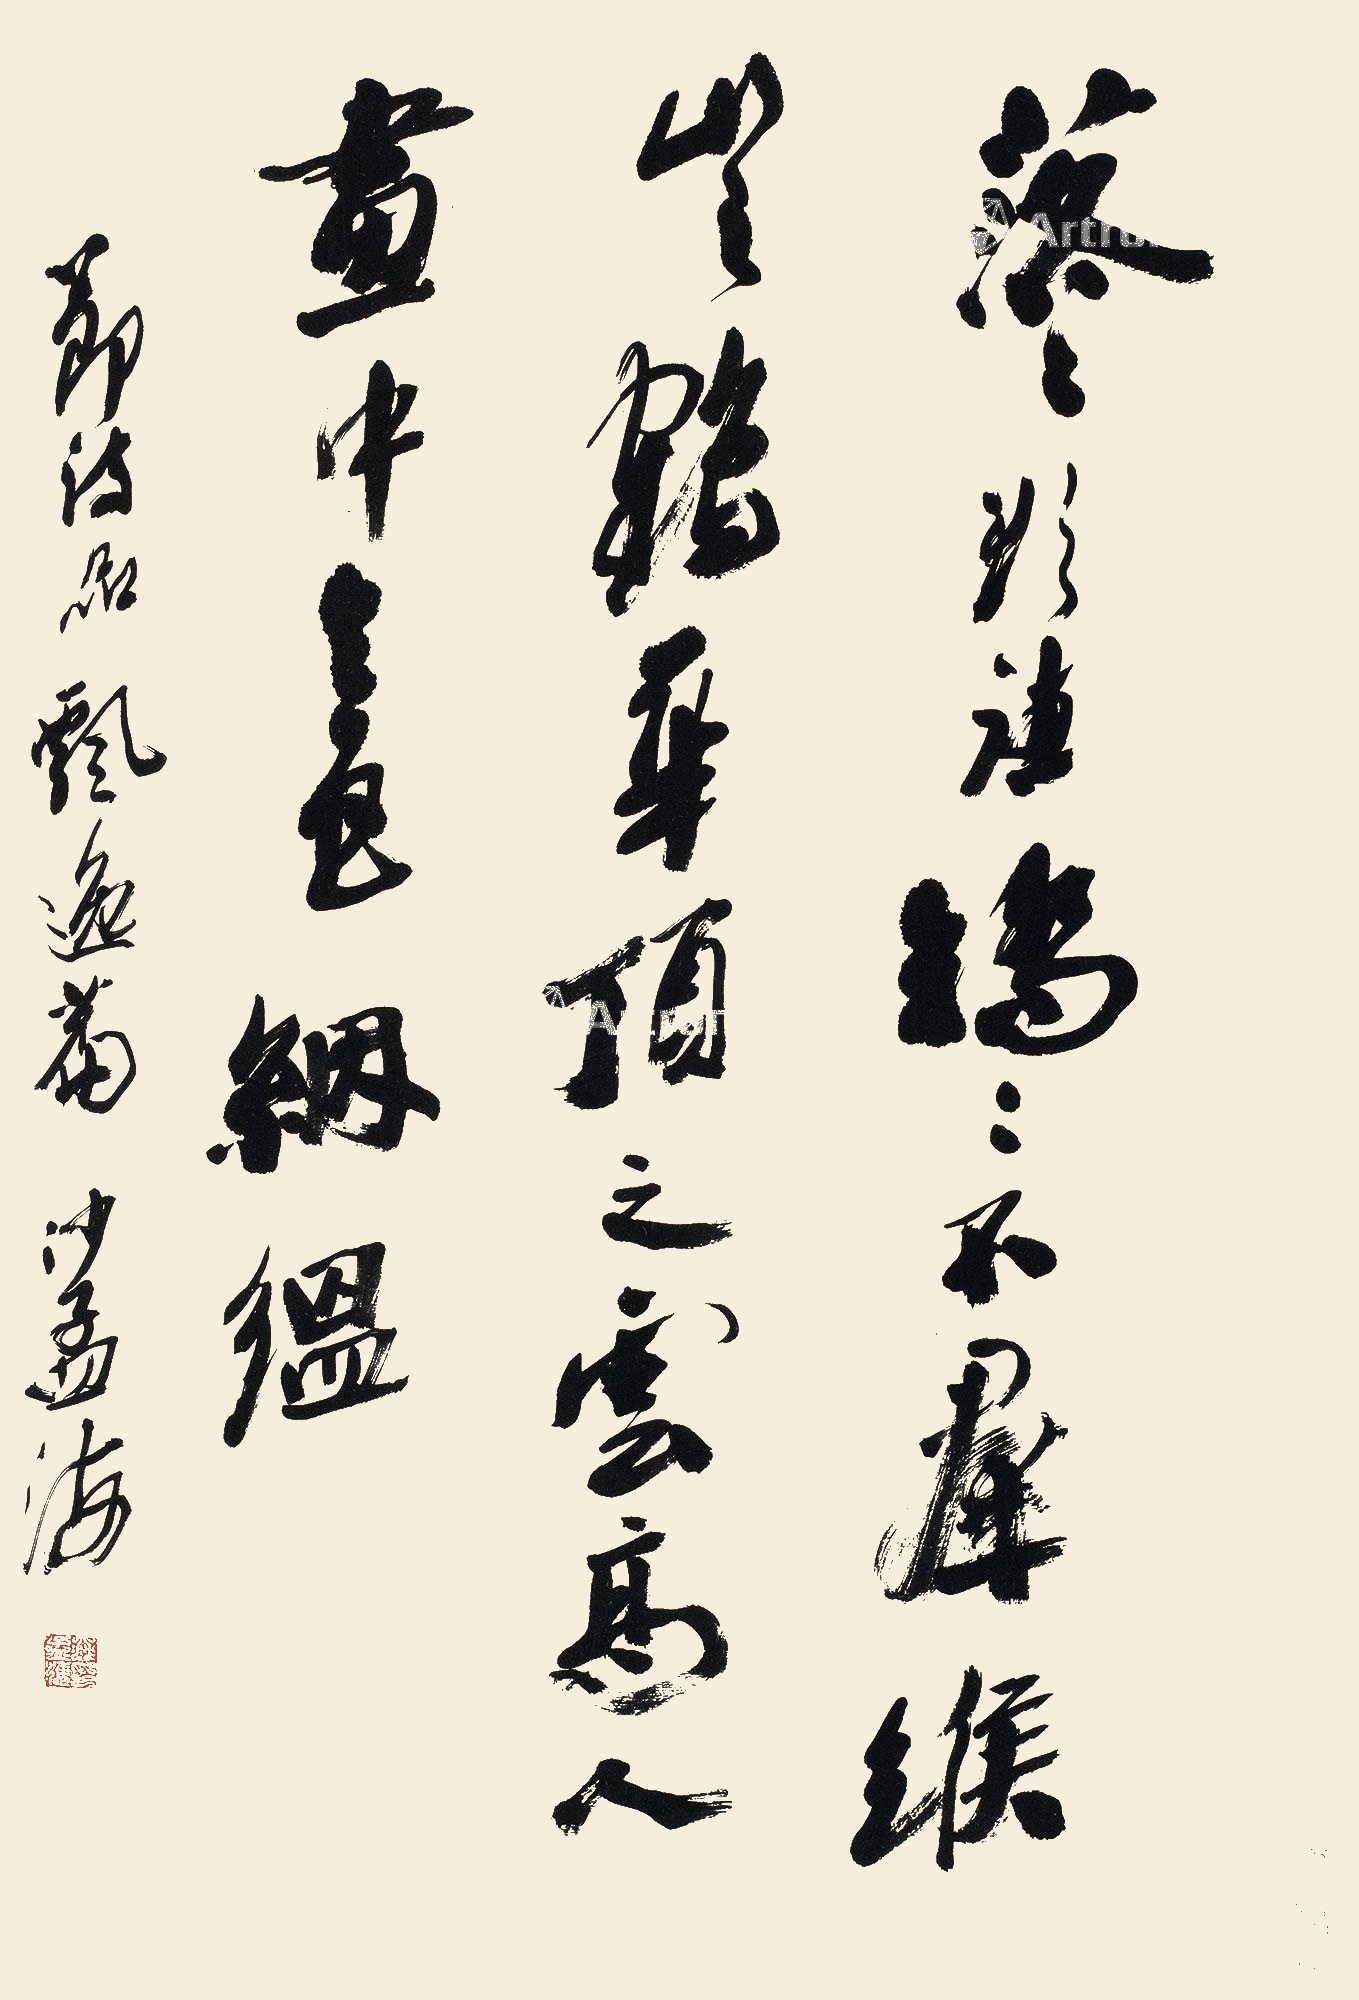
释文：落落欲往，矫矫不群。缑山之鹤，华顶之云。高人画中，令色𬘡缊。节《诗品·飘逸》篇，沙孟海。